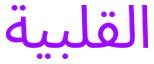
القلبية